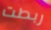
ربطت